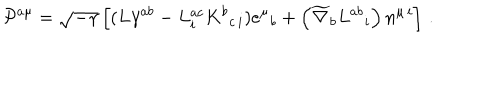
{ \cal P } ^ { a \mu } = \sqrt { - \gamma } \left[ ( L \gamma ^ { a b } - L _ { i } ^ { a c } K ^ { b } { } _ { c \, i } ) e ^ { \mu } { } _ { b } + \left( \widetilde { \nabla } _ { b } L ^ { a b } { } _ { i } \right) n ^ { \mu \, i } \right] \, .